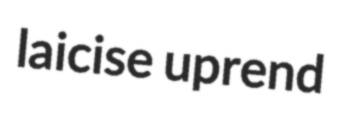
laicise uprend